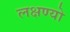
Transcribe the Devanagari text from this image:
लक्षण्यो